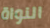
النواة